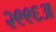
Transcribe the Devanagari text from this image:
२९९६अ